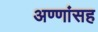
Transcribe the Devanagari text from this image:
अण्णांसह